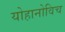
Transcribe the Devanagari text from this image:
योहानोविच